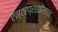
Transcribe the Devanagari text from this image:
एन्टरप्राइझेसच्या